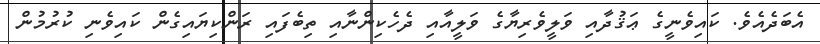
އެބަދެއެވެ. ކައިވެނީގެ ޢަޤުދާއި ވަލީވެރިޔާގެ ވަލީއާއި ދެހެކިންނާއި ތިބެފައި ރަންކިޔައިގެން ކައިވެނި ކުރުމުން